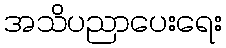
အသိပညာပေးရေး